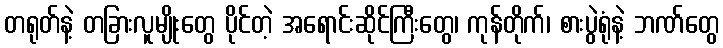
တရုတ်နဲ့ တခြားလူမျိုးတွေ ပိုင်တဲ့ အရောင်းဆိုင်ကြီးတွေ၊ ကုန်တိုက်၊ စားပွဲရုံနဲ့ ဘဏ်တွေ